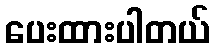
ပေးထားပါတယ်